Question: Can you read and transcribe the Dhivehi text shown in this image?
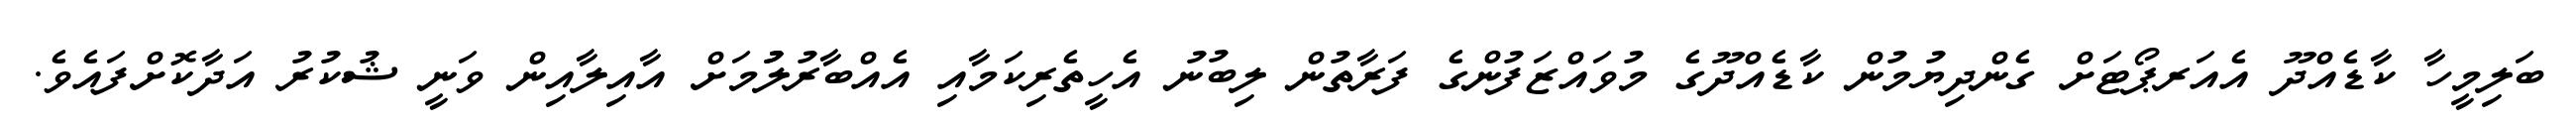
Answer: ބަލިމީހާ ކާޑެއްދޫ އެއަރޕޯޓަށް ގެންދިޔުމުން ކާޑެއްދޫގެ މުވައްޒަފުންގެ ފަރާތުން ލިބުނު އެހީތެރިކަމާއި އެއްބާރުލުުމަށް އާއިލާއިން ވަނީ ޝުކުރު އަދާކޮށްފައެވެ.